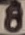
Text: 8